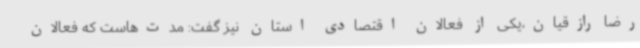
رضا رازقیان،یکی از فعالان اقتصادی استان نیز گفت: مدت‌هاست که فعالان